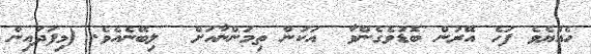
ހެއްޔެވެ ފަހެ އޭރުން ބޮޑުވެގެންވާ  އަކުން ތިމަންނާއަށް  ލިބޭނެއެވެ. (މިފަދައިން